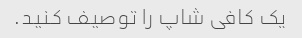
یک کافی شاپ را توصیف کنید.